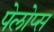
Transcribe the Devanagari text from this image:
पेलोप्स